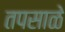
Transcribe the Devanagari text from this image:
तपसाळे